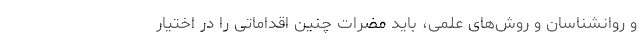
و روانشناسان و روش‌های علمی، باید مضرات چنین اقداماتی را در اختیار